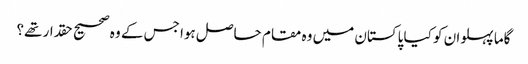
گاما پہلوان کو کیا پاکستان میں وہ مقام حاصل ہوا جس کے وہ صحیح حقدار تھے؟